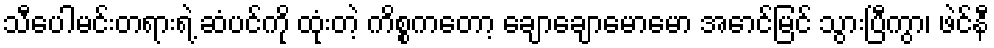
သီပေါမင်းတရားရဲ့ ဆံပင်ကို ထုံးတဲ့ ကိစ္စကတော့ ချောချောမောမော အောင်မြင် သွားပြီကွာ၊ ဖဲင်နီ